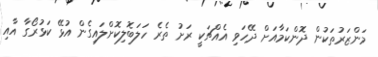
މަންޒަރުތަކުން ދޮންކަމާއަށް ދޭހަވި އެއްޗަކީ ރަށު ތެރެ ހަލަބޮލިކޮށްލައިގެން އުޅޭ ކަޅުރޯގާ އާއި